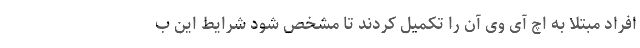
افراد مبتلا به اچ آی وی آن را تکمیل کردند تا مشخص شود شرایط این ب